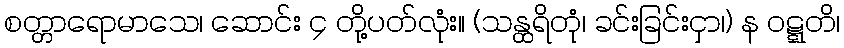
စတ္တာရောမာသေ၊ ဆောင်း ၄ တို့ပတ်လုံး။ (သန္ထရိတုံ၊ ခင်းခြင်းငှာ၊) န ဝဋ္ဋတိ၊